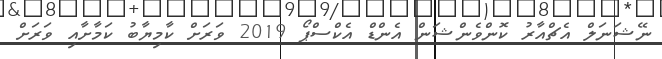
ނޭޝަނަލް އެޗްއާރު ކޮންވެންޝަން އެންޑް އެކްސްޕޯ 2019 ވަރަށް ކާމިޔާބު ކަމާށާއި ވަރަށް